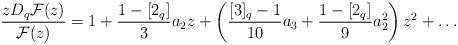
LaTeX: \begin{align*}\frac{zD_{q}\mathcal{F}(z)}{\mathcal{F}(z)}= 1 +\frac{1-[2_{q}]}{3}a_{2} z + \left(\frac{[3]_{q}-1}{10}a_{3} +\frac{1-[2_{q}]}{9}a_{2}^{2}\right) z^2 + \dots\end{align*}